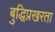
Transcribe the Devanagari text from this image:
बुद्धिप्रखरता